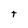
Character: t